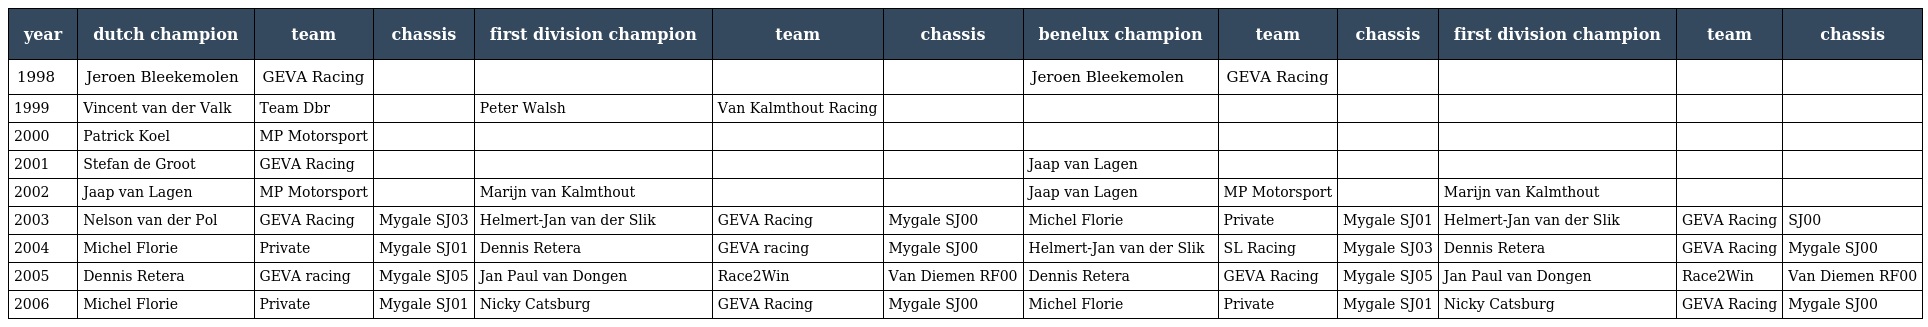
| year | dutch champion | team | chassis | first division champion | team | chassis | benelux champion | team | chassis | first division champion | team | chassis |
 | --- | --- | --- | --- | --- | --- | --- | --- | --- | --- | --- | --- | --- |
 | 1998 | Jeroen Bleekemolen | GEVA Racing |  |  |  |  | Jeroen Bleekemolen | GEVA Racing |  |  |  |  |
 | 1999 | Vincent van der Valk | Team Dbr |  | Peter Walsh | Van Kalmthout Racing |  |  |  |  |  |  |  |
 | 2000 | Patrick Koel | MP Motorsport |  |  |  |  |  |  |  |  |  |  |
 | 2001 | Stefan de Groot | GEVA Racing |  |  |  |  | Jaap van Lagen |  |  |  |  |  |
 | 2002 | Jaap van Lagen | MP Motorsport |  | Marijn van Kalmthout |  |  | Jaap van Lagen | MP Motorsport |  | Marijn van Kalmthout |  |  |
 | 2003 | Nelson van der Pol | GEVA Racing | Mygale SJ03 | Helmert-Jan van der Slik | GEVA Racing | Mygale SJ00 | Michel Florie | Private | Mygale SJ01 | Helmert-Jan van der Slik | GEVA Racing | SJ00 |
 | 2004 | Michel Florie | Private | Mygale SJ01 | Dennis Retera | GEVA racing | Mygale SJ00 | Helmert-Jan van der Slik | SL Racing | Mygale SJ03 | Dennis Retera | GEVA Racing | Mygale SJ00 |
 | 2005 | Dennis Retera | GEVA racing | Mygale SJ05 | Jan Paul van Dongen | Race2Win | Van Diemen RF00 | Dennis Retera | GEVA Racing | Mygale SJ05 | Jan Paul van Dongen | Race2Win | Van Diemen RF00 |
 | 2006 | Michel Florie | Private | Mygale SJ01 | Nicky Catsburg | GEVA Racing | Mygale SJ00 | Michel Florie | Private | Mygale SJ01 | Nicky Catsburg | GEVA Racing | Mygale SJ00 |